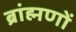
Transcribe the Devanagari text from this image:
ब्रांह्मणों